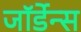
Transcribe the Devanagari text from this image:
जॉर्डेन्स